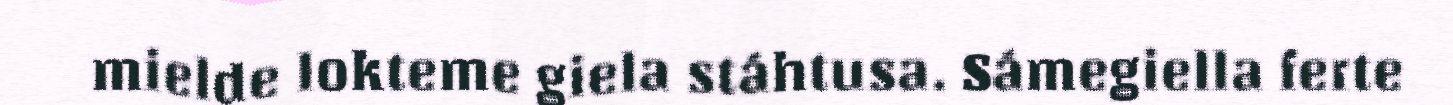
mielde lokteme giela stáhtusa. Sámegiella ferte